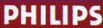
PHILIPS